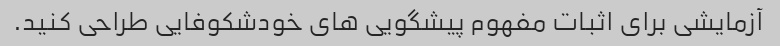
آزمایشی برای اثبات مفهوم پیشگویی های خودشکوفایی طراحی کنید.